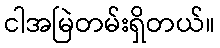
ငါအမြဲတမ်းရှိတယ်။